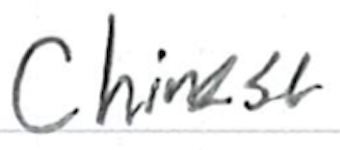
Text: Chinese
Cross-out: clean
Writing tool: ballpoint